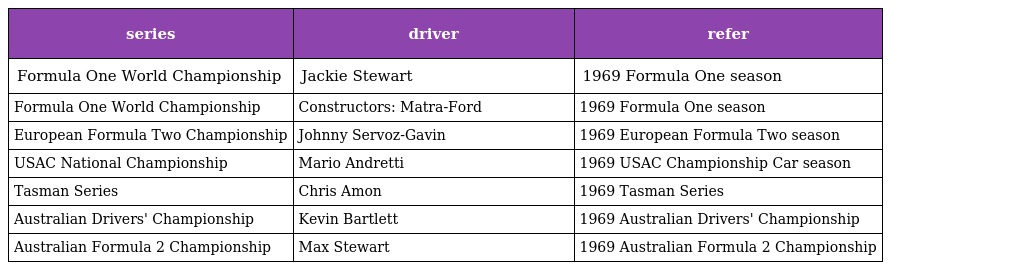
| series | driver | refer |
 | --- | --- | --- |
 | Formula One World Championship | Jackie Stewart | 1969 Formula One season |
 | Formula One World Championship | Constructors: Matra-Ford | 1969 Formula One season |
 | European Formula Two Championship | Johnny Servoz-Gavin | 1969 European Formula Two season |
 | USAC National Championship | Mario Andretti | 1969 USAC Championship Car season |
 | Tasman Series | Chris Amon | 1969 Tasman Series |
 | Australian Drivers' Championship | Kevin Bartlett | 1969 Australian Drivers' Championship |
 | Australian Formula 2 Championship | Max Stewart | 1969 Australian Formula 2 Championship |